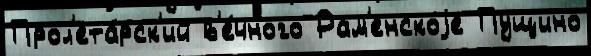
Прол'ета́рск'ий в'е́чного Рам'енскоjе Пущино